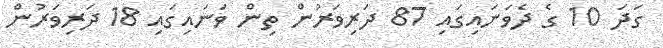
ގަދަ 10 ގެ ދެވަނައިގައި 87 ދަރިވަރުން ތިން ވަނައިގައި 18 ދަރިވަރުން